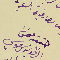
حققه مخمن انطونيوس موسي بطرام